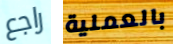
راجع بالعملية